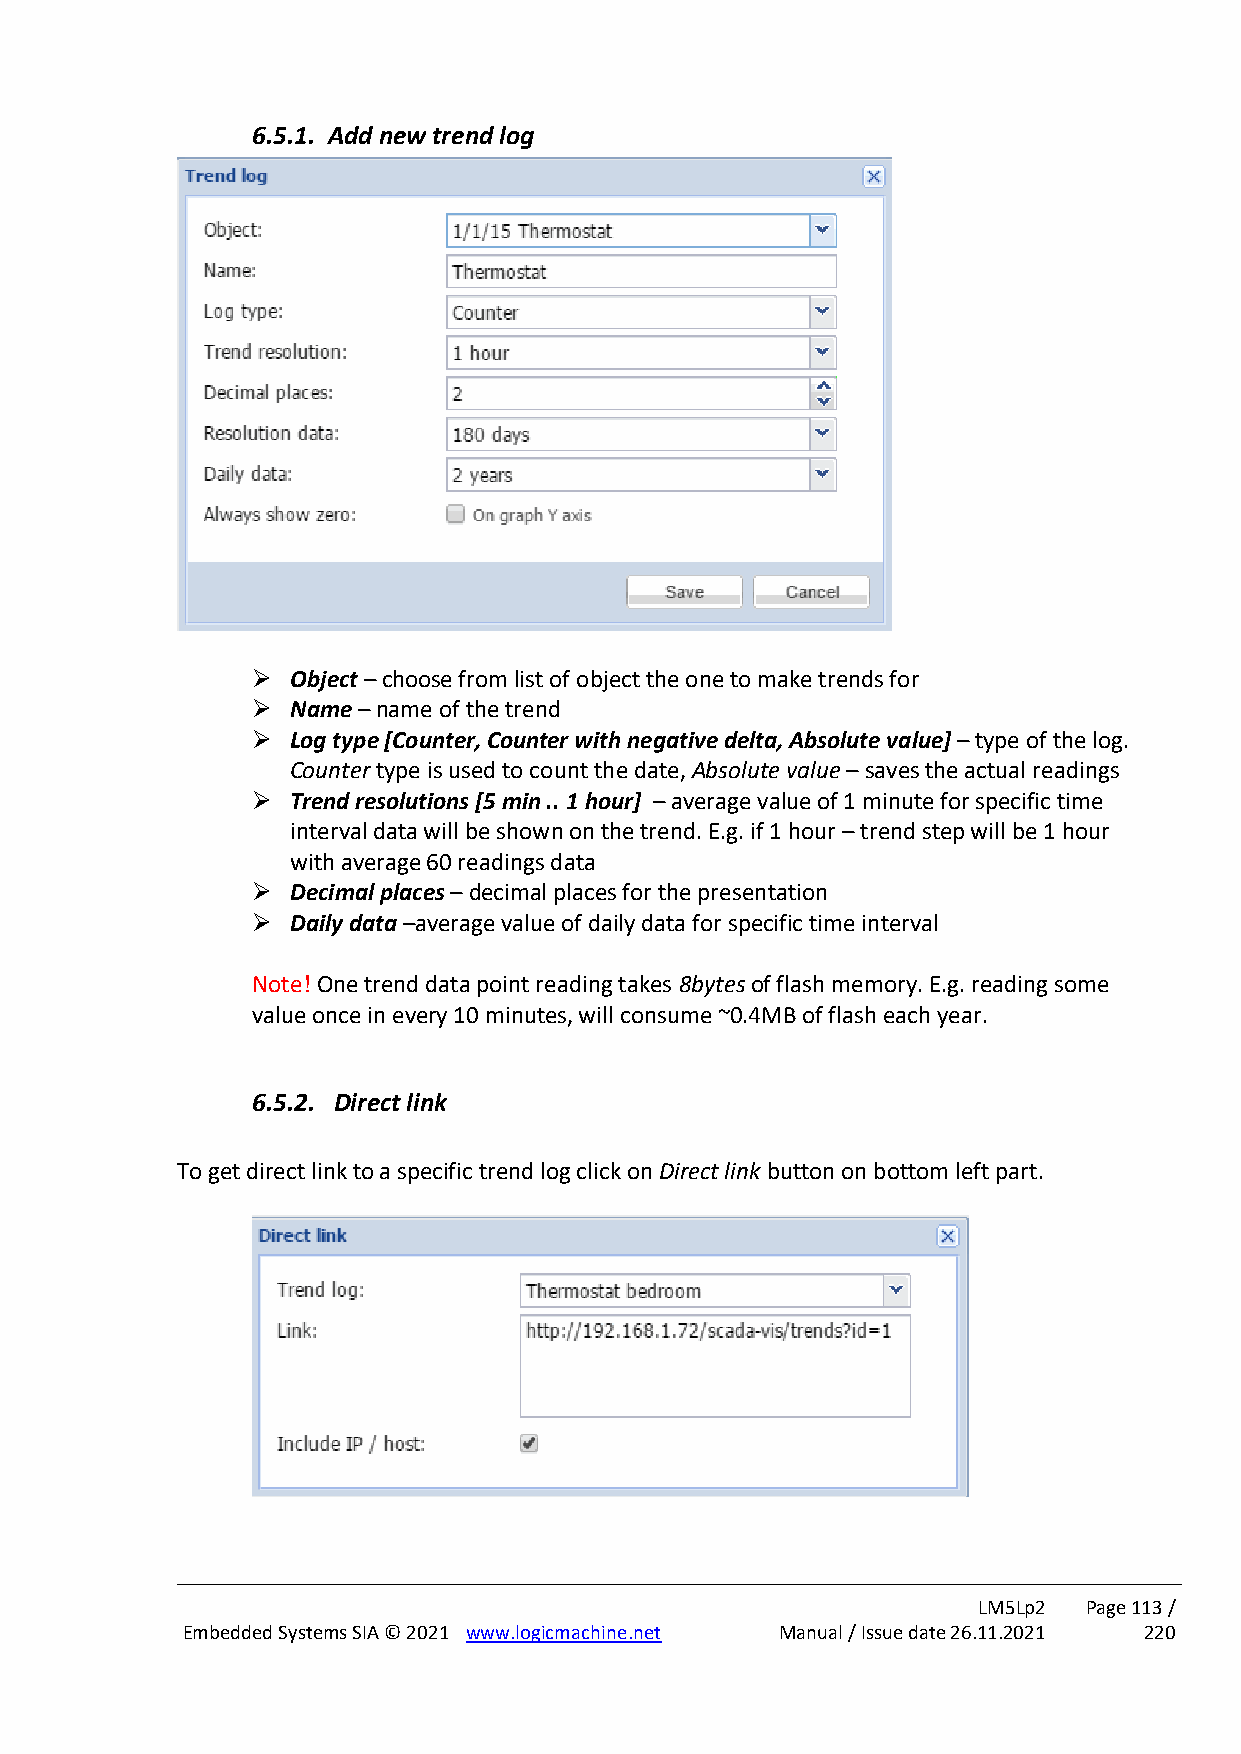
6.5.1. Add new trend log
 ➢ Object – choose from list of object the one to make trends for
 ➢ Name – name of the trend
 ➢ Log type [Counter, Counter with negative delta, Absolute value] – type of the log.
 Counter type is used to count the date, Absolute value – saves the actual readings
 ➢ Trend resolutions [5 min .. 1 hour] – average value of 1 minute for specific time
 interval data will be shown on the trend. E.g. if 1 hour – trend step will be 1 hour
 with average 60 readings data
 ➢ Decimal places – decimal places for the presentation
 ➢ Daily data –average value of daily data for specific time interval
 Note! One trend data point reading takes 8bytes of flash memory. E.g. reading some
 value once in every 10 minutes, will consume ~0.4MB of flash each year.
 6.5.2. Direct link
 To get direct link to a specific trend log click on Direct link button on bottom left part.
 LM5Lp2 Page 113 /
 Embedded Systems SIA © 2021 www.logicmachine.net Manual / Issue date 26.11.2021 220